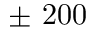
\pm ~ 2 0 0